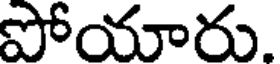
పోయారు.